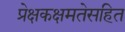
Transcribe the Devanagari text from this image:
प्रेक्षकक्षमतेसहित